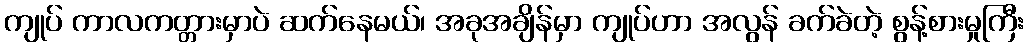
ကျုပ် ကာလကတ္တားမှာပဲ ဆက်နေမယ်၊ အခုအချိန်မှာ ကျုပ်ဟာ အလွန် ခက်ခဲတဲ့ စွန့်စားမှုကြီး